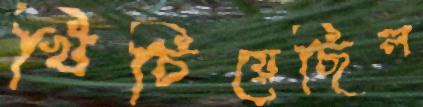
খিচিয়েছিল